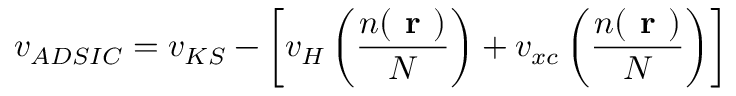
v _ { A D S I C } = v _ { K S } - \left[ v _ { H } \left( \frac { n ( \textbf { r } ) } { N } \right) + v _ { x c } \left( \frac { n ( \textbf { r } ) } { N } \right) \right]